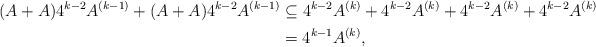
LaTeX: \begin{align*}(A+A)4^{k-2}A^{(k-1)}+(A+A)4^{k-2}A^{(k-1)}&\subseteq{4^{k-2}A^{(k)}+4^{k-2}A^{(k)}+4^{k-2}A^{(k)}+4^{k-2}A^{(k)}}\\&=4^{k-1}A^{(k)},\end{align*}